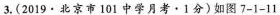
3.(2019·北京市101中学月考·1分)如图7-1-11